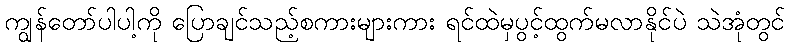
ကျွန်တော်ပါပါ့ကို ပြောချင်သည့်စကားများကား ရင်ထဲမှပွင့်ထွက်မလာနိုင်ပဲ သဲအုံတွင်